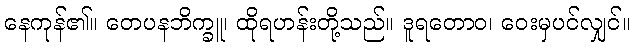
နေကုန်၏။ တေပနဘိက္ခူ၊ ထိုရဟန်းတို့သည်။ ဒူရတောဝ၊ ဝေးမှပင်လျှင်။